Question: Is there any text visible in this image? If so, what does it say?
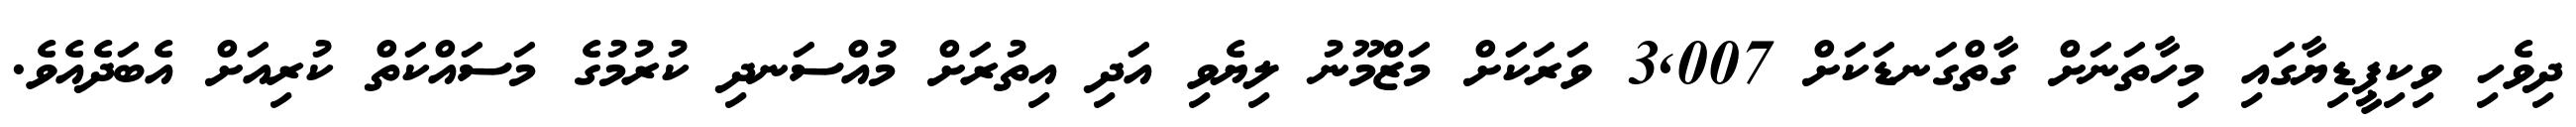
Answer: ދިވެހި ވިކިޕީޑިޔާގައި މިހާތަނަށް ގާތްގަނޑަކަށް 3,007 ވަރަކަށް މަޒްމޫނު ލިޔެވި އަދި އިތުރަށް މުއްސަނދި ކުރުމުގެ މަސައްކަތް ކުރިއަށް އެބަދެއެވެ.